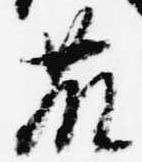
藤